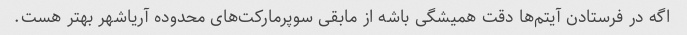
اگه در فرستادن آیتم‌ها دقت همیشگی باشه از مابقی سوپرمارکت‌های محدوده آریاشهر بهتر هست.